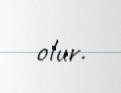
olur.